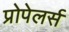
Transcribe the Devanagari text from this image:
प्रोपेलर्स